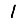
Digit: 1